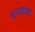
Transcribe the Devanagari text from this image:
द्वादशाशं